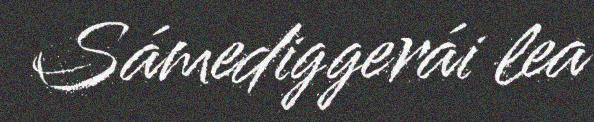
Sámediggerái lea